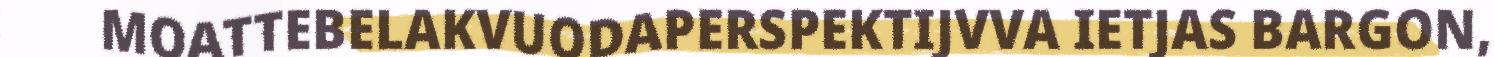
MOATTEBELAKVUODAPERSPEKTIJVVA IETJAS BARGON,